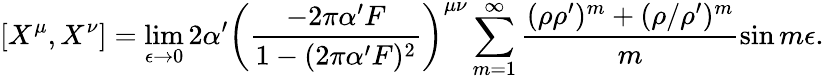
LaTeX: \left[X^{\mu},X^{\nu}\right]=\operatorname*{lim}_{\epsilon\rightarrow 0}2\alpha^{\prime}\left(\frac{-2\pi\alpha^{\prime}F}{1-(2\pi\alpha^{\prime}F)^{2}}\right)^{\mu\nu}\sum_{m=1}^{\infty}\frac{(\rho\rho^{\prime})^{m}+(\rho/\rho^{\prime})^{m}}{m}\sin m\epsilon.